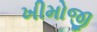
ખીમોજી